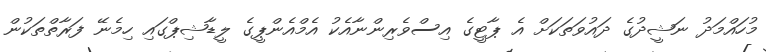
މުހައްމަދު ނަޝީދުގެ ދައުވަތަކަށް އެ ޕާޓީގެ އިސްވެރިންނާއެކު އެމްއެންޕީގެ ލީޑާޝިޕްގައި ހިމެނޭ ފަރާތްތަކުން